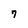
Character: 7